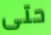
حتى